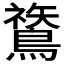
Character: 𪄬